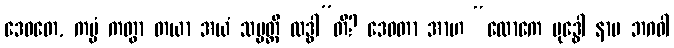
ဒေဝတေ, ကမ္မံ ကတွာ တယာ အယံ သမ္ပတ္တိ လဒ္ဓါ”တိ? ဒေဝတာ အာဟ “လောကေ ဗုဒ္ဓေါ နာမ ဘဂဝါ